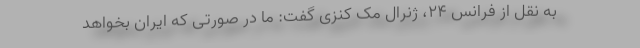
به نقل از فرانس ۲۴، ژنرال مک کنزی گفت: ما در صورتی که ایران بخواهد